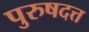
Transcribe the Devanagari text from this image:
पुरुषदत्त